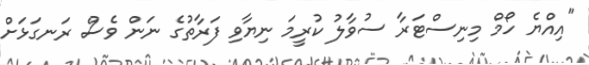
"އިއްޔެ ހޯމް މިނިސްޓަރާ ސުވާލު ކުރީމަ ނިޔާވި ފަރާތުގެ ނަން ވެސް ރަނގަޅަށް